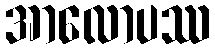
အာလောပဿ